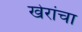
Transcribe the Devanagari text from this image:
खेरांचा